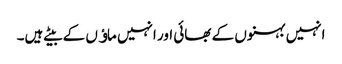
انہیں بہنوں کے بھائی اور انہیں ماﺅں کے بیٹے ہیں۔